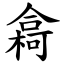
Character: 樖